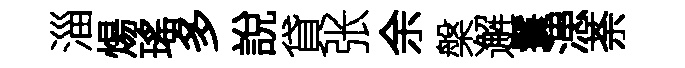
淄煬瑤多說貸张余槃邂鬟漶荼